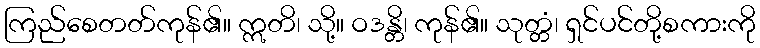
ကြည်စေတတ်ကုန်၏။ ဣတိ၊ သို့။ ဝဒန္တိ၊ ကုန်၏။ သုတ္တံ၊ ရှင်ပင်တို့စကားကို